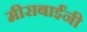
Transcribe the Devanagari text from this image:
मीराबाईंनी